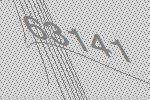
63141